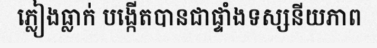
ភ្លៀងធ្លាក់ បង្កើតបានជាផ្ទាំងទស្សនីយភាព